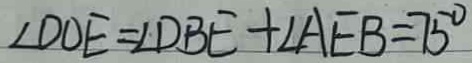
\angle D O E = \angle D B E + \angle A E B = 7 5 ^ { \circ }